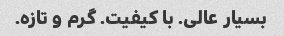
بسیار عالی. با کیفیت. گرم و تازه.